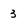
Character: 3